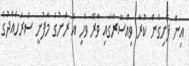
އިން ފެށިގެން ކުރާ ވިއްސާރާގައި ވާރޭ ވެހި އެ ރަށުގެ މާފުށީ ސަރަހައްދުގެ